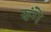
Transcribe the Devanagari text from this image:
रुंगे